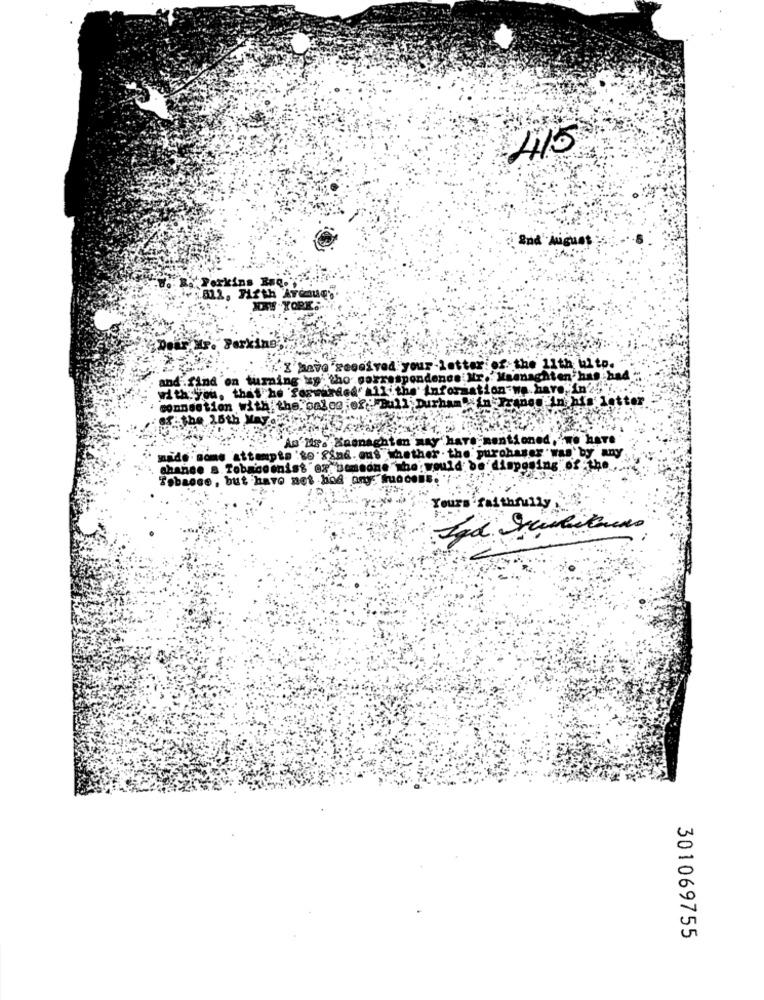
415
and Augues
Perkins Bal ...
Dear Mr. Parking'
" X have received your-letter of the 11th ul to.
and.find 'on turning xy . tho correspondence Mr. Maanaghten has had
with you, that he 'Soswurded' all the' information wa.have, in'2" ...
connection with the palco ;of: "Bull Durham ain Tranen In his letter
S& the 26th May
As'Mr. Xasnaghten may have mentioned,"we have
mads some attempts 'se Sind. ous whether . the purchaser was by any.
change s. Tobacomnist ex someone who: would be' disposing of the
Tobasse, but have net had any. tuocens.
Yours faithfully
301069755